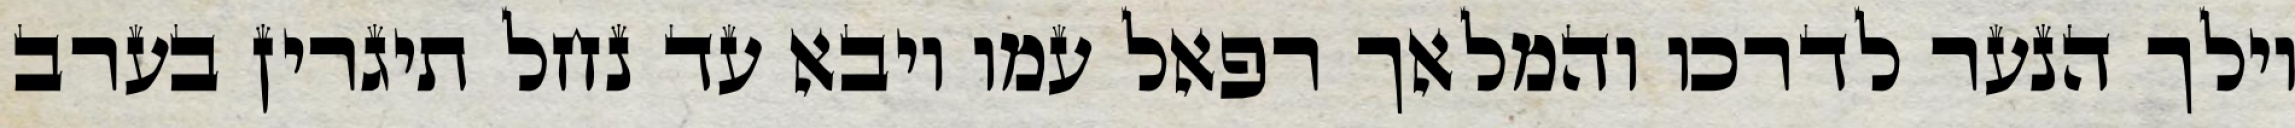
וילך הנער לדרכו והמלאך רפאל עמו ויבא עד נחל תיגרין בערב